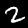
Digit: 2